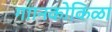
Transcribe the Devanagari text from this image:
गाानकोकिळा